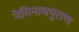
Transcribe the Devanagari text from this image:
नेमिनाथपुराण